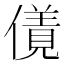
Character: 𠏌